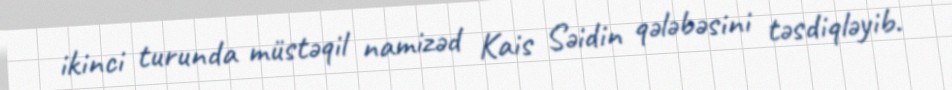
ikinci turunda müstəqil namizəd Kais Səidin qələbəsini təsdiqləyib.